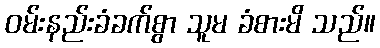
ဝမ်းနည်းခံခက်စွာ သူမ ခံစားမိ သည်။